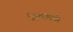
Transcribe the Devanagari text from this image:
शिश्नामध्ये